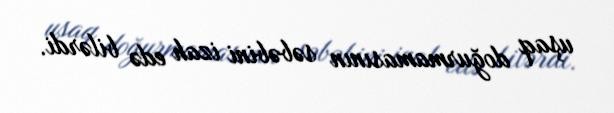
uşaq doğurmamasının səbəbini izah edə bilərdi.